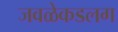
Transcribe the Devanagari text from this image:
जवळेकडलग